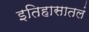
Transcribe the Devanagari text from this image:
इतिहासातलं